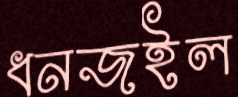
ধনজইল